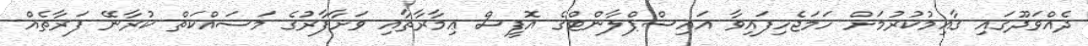
ދެއްވަދޫގައި ޤާއިމުކުރުމަށް ހަމަޖެހިފައިވާ އައިިސްޕްލާންޓްގެ އޮފީސް ޢިމާރާތާއި ވަށާފާރުގެ މަސައްކަތް ކުރާނޭ ފަރާތެއް